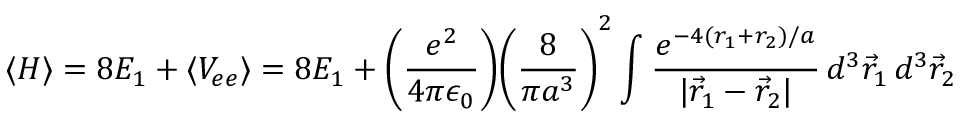
\langle H \rangle = 8 E _ { 1 } + \langle V _ { e e } \rangle = 8 E _ { 1 } + { \Bigg ( } { \frac { e ^ { 2 } } { 4 \pi \epsilon _ { 0 } } } { \Bigg ) } { \Bigg ( } { \frac { 8 } { \pi a ^ { 3 } } } { \Bigg ) } ^ { 2 } \int { \frac { e ^ { - 4 ( r _ { 1 } + r _ { 2 } ) / a } } { | { \vec { r } } _ { 1 } - { \vec { r } } _ { 2 } | } } \, d ^ { 3 } { \vec { r } } _ { 1 } \, d ^ { 3 } { \vec { r } } _ { 2 }